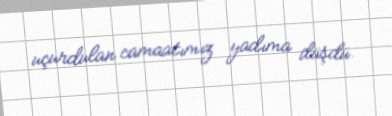
uçurdulan camaatımız yadıma düşdü.